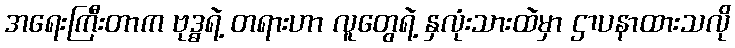
အရေးကြီးတာက ဗုဒ္ဓရဲ့ တရားဟာ လူတွေရဲ့ နှလုံးသားထဲမှာ ဌာပနာထားသလို